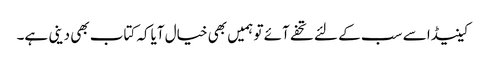
کینیڈا سے سب کے لئے تحفے آئے تو ہمیں بھی خیال آیاکہ کتاب بھی دینی ہے۔